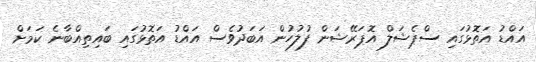
އައްޑު އަތޮޅުގައި ސްޕެޝަލް އޮޕަރޭޝަން ފުލުހުން އަބަދުވެސް އައްޑު އަތޮޅުގައި ބައިތިއްބާނެ ކަމަށް